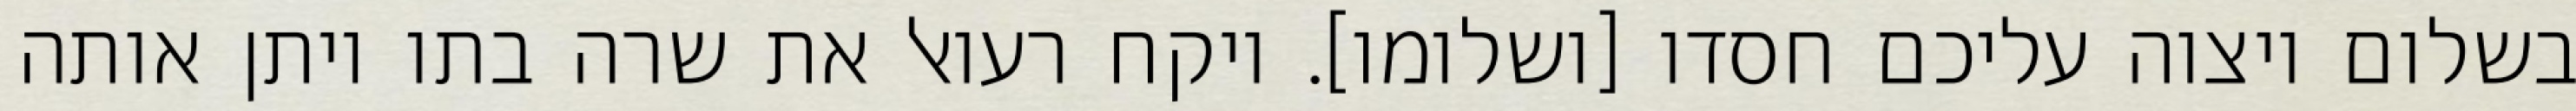
בשלום ויצוה עליכם חסדו [ושלומו]. ויקח רעואל את שרה בתו ויתן אותה